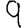
Digit: 9